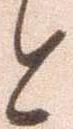
と